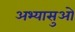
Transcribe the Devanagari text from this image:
अभ्यासुओ